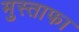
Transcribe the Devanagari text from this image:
मुस्ताफा